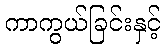
ကာကွယ်ခြင်းနှင့်